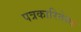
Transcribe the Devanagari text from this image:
पत्रकारितेसह